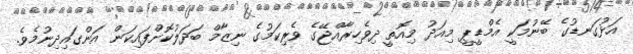
އަޅުގަނޑުގެ ބޭނުމަކީ އެމްޑީޕީ މިއަދު މިއޮތީ ދިވެހިރާއްޖޭގެ ވެރިކަމުގެ ނިޒާމް ބަދަލުކޮށްފައިކަން އަންގައިދިނުމެވެ.